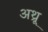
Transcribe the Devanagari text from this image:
अथ़्रू